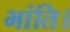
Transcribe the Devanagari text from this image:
भांति।